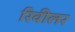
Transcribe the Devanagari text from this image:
रिवीलर